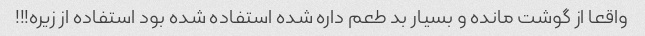
واقعا از گوشت مانده و بسیار بد طعم داره شده استفاده شده بود استفاده از زیره!!!